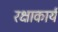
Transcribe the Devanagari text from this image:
रक्षाकार्य